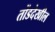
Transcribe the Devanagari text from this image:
तोंडदेखील